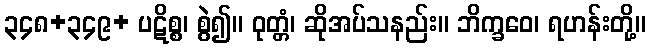
၃၄၈+၃၄၉+ ပဋိစ္စ၊ စွဲ၍။ ဝုတ္တံ၊ ဆိုအပ်သနည်း။ ဘိက္ခဝေ၊ ရဟန်းတို့။